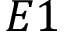
E 1